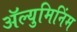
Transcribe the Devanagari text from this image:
ॲल्युमिनिंम